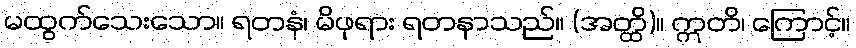
မထွက်သေးသော။ ရတနံ၊ မိဖုရား ရတနာသည်။ (အတ္ထိ)။ ဣတိ၊ ကြောင့်။